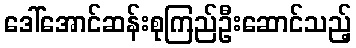
ဒေါ်အောင်ဆန်းစုကြည်ဦးဆောင်သည့်